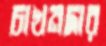
চাখনদার